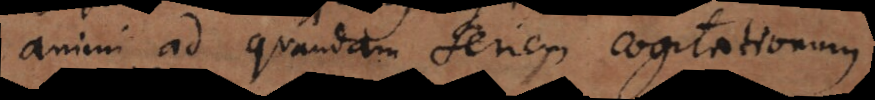
animi ad quandam seriem cogitationum